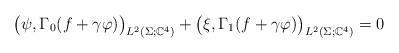
LaTeX: \begin{align*} \big(\psi, \Gamma_0 (f + \gamma \varphi) \big)_{L^2(\Sigma; \mathbb{C}^4)} + \big(\xi, \Gamma_1 (f + \gamma \varphi) \big)_{L^2(\Sigma; \mathbb{C}^4)} = 0 \end{align*}